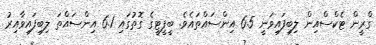
ގްރީން ޓެކްސްއިން ލިބިފައިވަނީ 6.5 އިންސައްތައެވެ. ބީޕީޓީގެ ގޮތުގައި 6.1 އިންސައްތަ ލިބިފައިވާއިރު